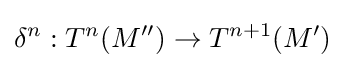
\delta ^{n}:T^{n}(M^{\prime \prime })\rightarrow T^{n+1}(M^{\prime })